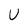
Character: U